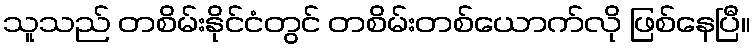
သူသည် တစိမ်းနိုင်ငံတွင် တစိမ်းတစ်ယောက်လို ဖြစ်နေပြီ။